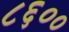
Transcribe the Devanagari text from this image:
८६००